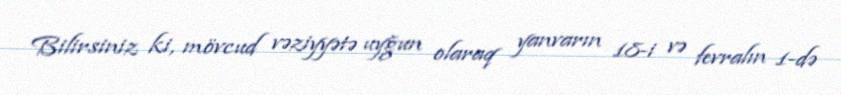
Bilirsiniz ki, mövcud vəziyyətə uyğun olaraq yanvarın 18-i və fevralın 1-də